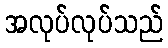
အလုပ်လုပ်သည်